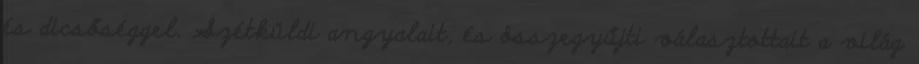
és dicsőséggel. Szétküldi angyalait, és összegyűjti választottait a világ